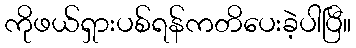
ကိုဖယ်ရှားပစ်ရန်ကတိပေးခဲ့ပါပြီ။